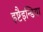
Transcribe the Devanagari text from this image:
इष्टैइन्डिया